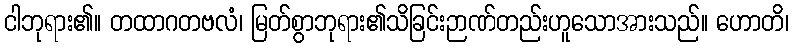
ငါဘုရား၏။ တထာဂတဗလံ၊ မြတ်စွာဘုရား၏သိခြင်းဉာဏ်တည်းဟူသောအားသည်။ ဟောတိ၊